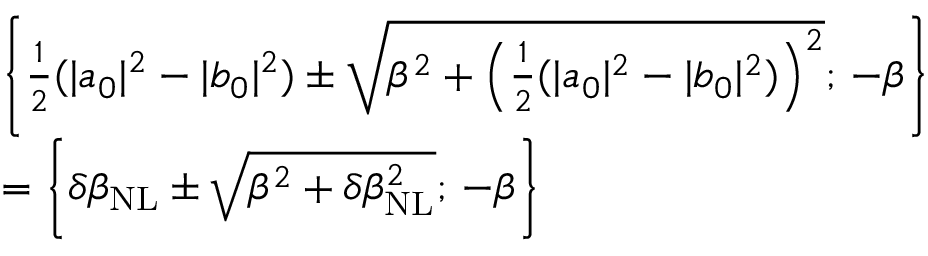
\begin{array} { r l } & { \left\{ \frac { 1 } { 2 } ( | a _ { 0 } | ^ { 2 } - | b _ { 0 } | ^ { 2 } ) \pm \sqrt { \beta ^ { 2 } + \left( \frac { 1 } { 2 } ( | a _ { 0 } | ^ { 2 } - | b _ { 0 } | ^ { 2 } ) \right) ^ { 2 } } ; \, - \beta \right\} } \\ & { = \left\{ \delta \beta _ { \mathrm { N L } } \pm \sqrt { \beta ^ { 2 } + \delta \beta _ { \mathrm { N L } } ^ { 2 } } ; \, - \beta \right\} } \end{array}